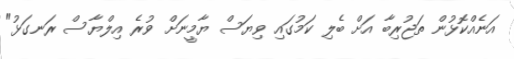
އަނެއްކޮޅުން ތަޖުރިބާ އަށް ބެލި ކަމުގައި ވިޔަސް ޔާމީނަށް ވުރެ އިލްޔާސް ރަނގަޅު"